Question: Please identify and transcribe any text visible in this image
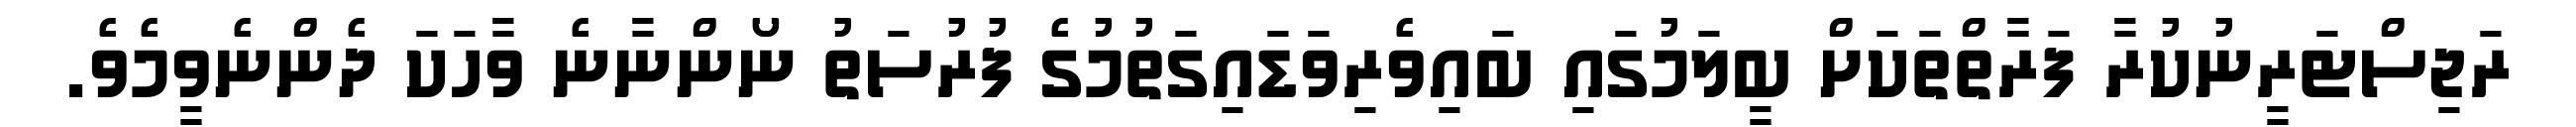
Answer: ރަޖިސްޓަރީނުކުރާ ފަރާތްތަކަށް ބީލަމުގައި ބައިވެރިވަޑައިގަތުމުގެ ފުރުސަތު ނޯންނާނެ ވާހަކަ ދެންނެވީމެވެ.